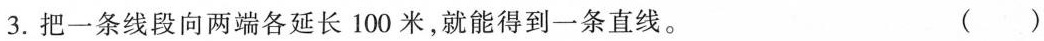
3.把一条线段向两端各延长100米，就能得到一条直线。 ( )